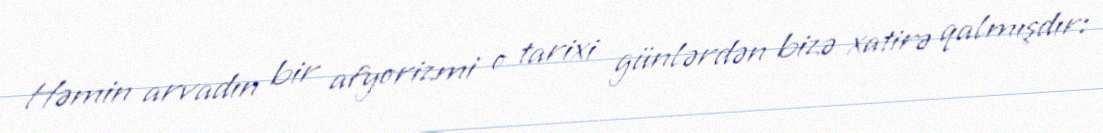
Həmin arvadın bir afyorizmi o tarixi günlərdən bizə xatirə qalmışdır: